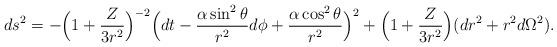
LaTeX: \begin{align*}ds^2=-\Big(1+{Z\over 3r^2}\Big)^{-2}\Big(dt-{\alpha\sin^2\theta\over r^2} d\phi+{\alpha\cos^2\theta\over r^2}\Big)^2+\Big(1+{Z\over 3r^2}\Big)(dr^2+r^2d\Omega^2).\end{align*}